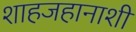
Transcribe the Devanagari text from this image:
शाहजहानाशी